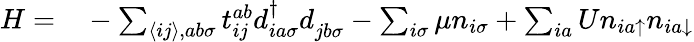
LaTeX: \begin{array}{rl}{H=}&{{}-\sum_{\langle ij\rangle,ab\sigma}t_{ij}^{ab}d_{ia\sigma}^{\dagger}d_{jb\sigma}^{}-\sum_{i\sigma}\mu n_{i\sigma}+\sum_{ia}Un_{ia\uparrow}n_{ia\downarrow}}\end{array}